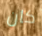
كان